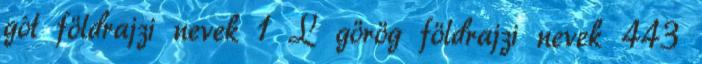
gót földrajzi nevek‎ 1 L görög földrajzi nevek‎ 443